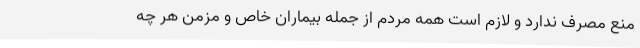
منع مصرف ندارد و لازم است همه مردم از جمله بیماران خاص و مزمن هر چه